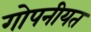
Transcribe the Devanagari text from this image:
गोपनीयत